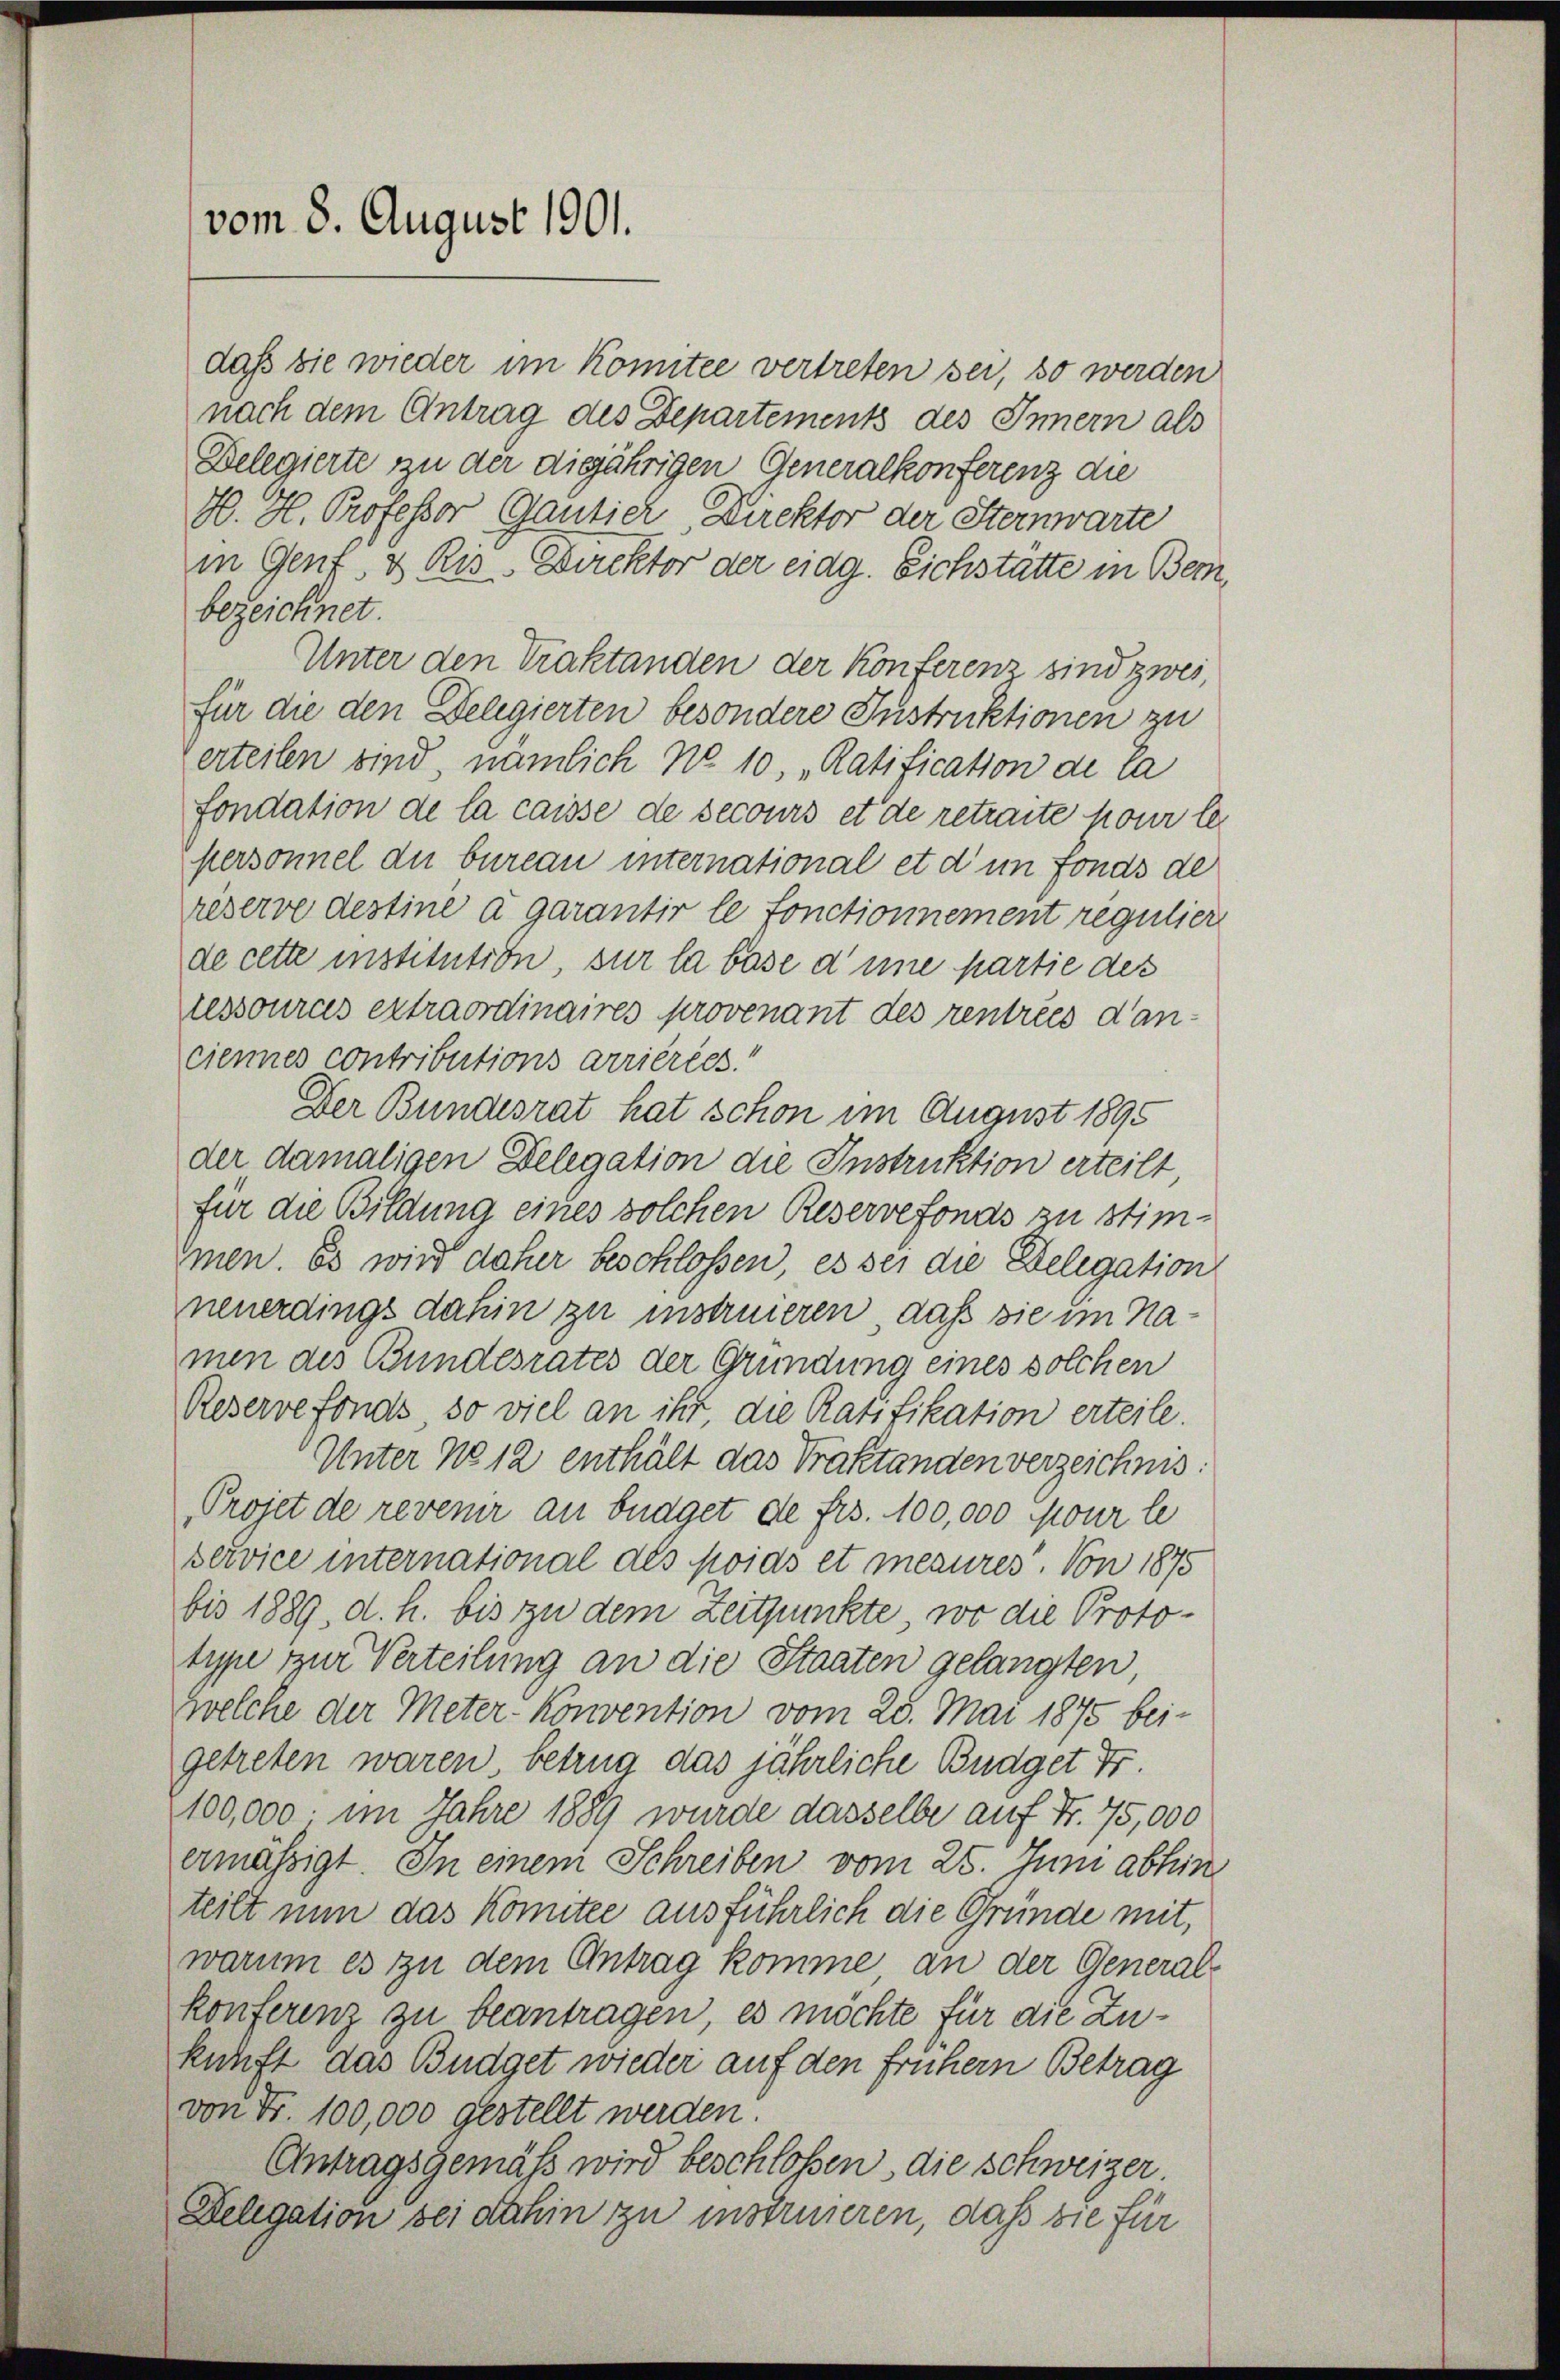
Delegierte zu der diejährigen Generalkonferenz die
H. H. Professor Gantich Direktor der Sternwarte
in Genf, & Ris-Direktor der eidg. Eichstatte in Bembezeichnet.
Unter den Traktanden der Konferenz sind zwei,
für die den Delegierten besondere Instruktionen zu
erteilen sind, nämlich No. 10, „Ratification de la
fondation de la caisse de secours et de retraite pour les
personnel du bureau international et d in Fonds de
reserve destine a garantir le fonctionnement regulier
de cette institution, sur la base d’une partie des
ressources extraordinaires provenant des rentries d’an-
ciennes contributions arrierecs.“
Der Bundesrat hat schon im August 1895
der damaligen Delegation die Instruktion erteilt
für die Bildung eines solchen Reservefonds zu stimmen. Es wird daher beschlossen, es sei die Delegation
neuerdings dahin zu instruieren, daß sie im Namen des Bundesrates der Gründung eines solchen
Reservefonds so viel an ihr, die Ratifikation erteile.
Unter No 12 enthält das Praktanden verzeichnis:
Projet de revenir an bnaget de frs. 100,000 jour le
Bervice international als poids et mesures. Von 1875
bis 1889, d. h. bis zu dem Zeitpunkte, wo die Prototype zur Verteilung an die Staaten gelangten
welche der Meter- Konvention vom 28. Mai 1875 beigetreten waren, betrug das jährliche Budget Fr.
100,000. im Jahre 1889 wurde dasselbe auf Fr. 75,000
ermäßigt. In einem Schreiben vom 25. Juni abhin
teilt nun das konntee ausführlich die Gründe mit,
warum es zu dem Antrag komme an der General-
konferenz zu beantragen, es möchte für die Zukunft das Büdget wieder auf den frühern Betrag
von Fr. 100,000 gestellt werden.
Antragsgemäß wird beschloßen, die Schweizer.
Delegation sei dahin zu instruieren, daß sie für

vom 8. August 1901.

daß sie wieder im Konntee vertreten sei, so werden
nach dem Antrag des Departements des Innern als